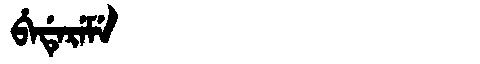
Manchu: ᠪᡝᡩᡝᡵᡝᠮᡝ
Romanization: BEDEREME